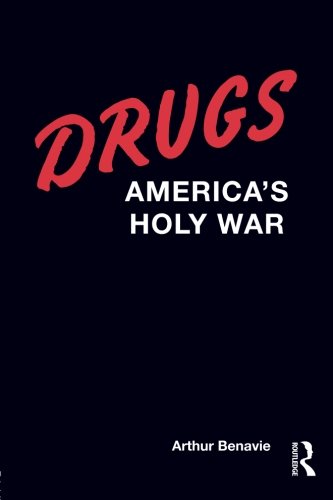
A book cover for Drugs: America's Holy War; Arthur Benavie; Law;